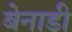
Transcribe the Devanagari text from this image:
बेनाडी